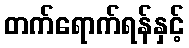
တက်ရောက်ရန်နှင့်